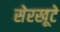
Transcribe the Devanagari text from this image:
सेरखूटे